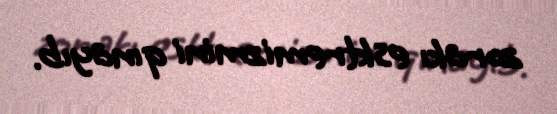
zorakı esktremizmini qınayıb.